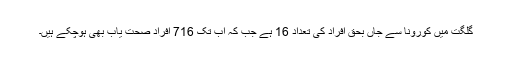
گلگت میں کورونا سے جاں بحق افراد کی تعداد 16 ہے جب کہ اب تک 716 افراد صحت یاب بھی ہوچکے ہیں۔